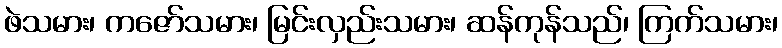
ဖဲသမား၊ ကဇော်သမား၊ မြင်းလှည်းသမား၊ ဆန်ကုန်သည်၊ ကြက်သမား၊